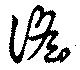
謠